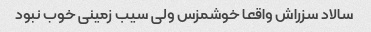
سالاد سزراش واقعا خوشمزس ولی سیب زمینی خوب نبود